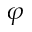
\varphi